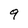
Character: 9